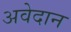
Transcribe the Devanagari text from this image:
अवेदान